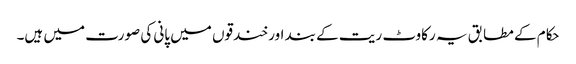
حکام کے مطابق یہ رکاوٹ ریت کے بند اور خندقوں میں پانی کی صورت میں ہیں۔